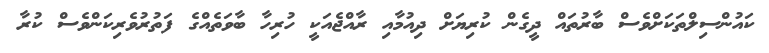
ކައުންސިލްތަކަށްވެސް ބާރުތައް ދީގެން ކުރިޔަށް ދިއުމާއި ރާއްޖެއަކީ ހުރިހާ ބާވަތެއްގެ ފަތުރުވެރިކަންވެސް ކުރާ